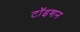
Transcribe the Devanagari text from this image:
टॉइशन